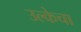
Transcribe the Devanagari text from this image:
उल्केचा